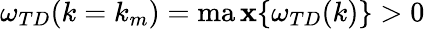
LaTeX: \omega_{TD}(k=k_{m})=\operatorname*{ma\mathbf{x}}\{ \omega_{TD}(k)\} >0